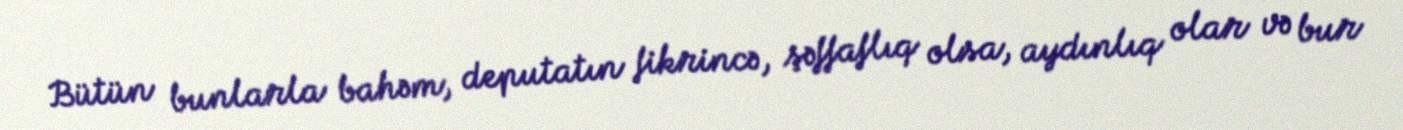
Bütün bunlarla bahəm, deputatın fikrincə, şəffaflıq olsa, aydınlıq olar və bur